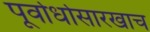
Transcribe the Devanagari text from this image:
पूर्वार्धासारखाच